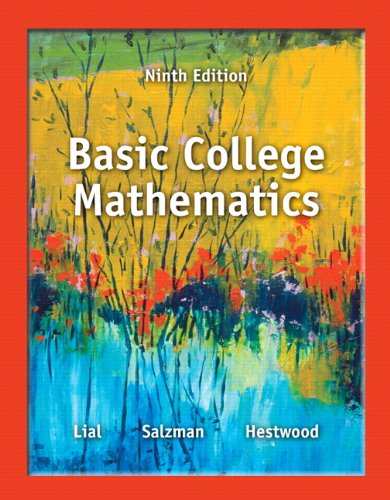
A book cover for Basic College Mathematics (9th Edition); Margaret L. Lial; Science & Math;